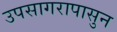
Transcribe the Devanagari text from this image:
उपसागरापासुन